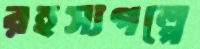
রহস্যগল্পে